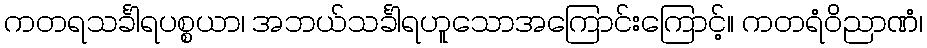
ကတရသင်္ခါရပစ္စယာ၊ အဘယ်သင်္ခါရဟူသောအကြောင်းကြောင့်။ ကတရံဝိညာဏံ၊